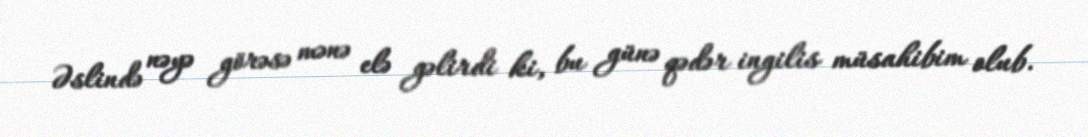
Əslində nəyə görəsə mənə elə gəlirdi ki, bu günə qədər ingilis müsahibim olub.